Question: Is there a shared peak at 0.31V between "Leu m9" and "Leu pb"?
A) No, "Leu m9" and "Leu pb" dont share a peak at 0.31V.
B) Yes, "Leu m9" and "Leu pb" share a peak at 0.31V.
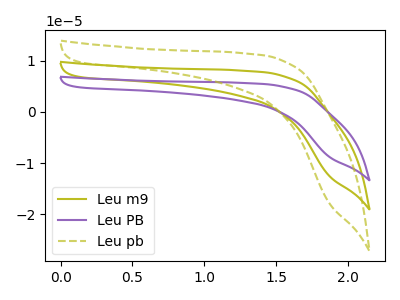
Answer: <think>The olive curve "Leu m9" has no peaks. The purple curve "Leu PB" has no peaks. The olive dashed curve "Leu pb" has no peaks.</think>
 <answer>A) No, "Leu m9" and "Leu pb" dont share a peak at 0.31V.</answer>
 <eval>A</eval>